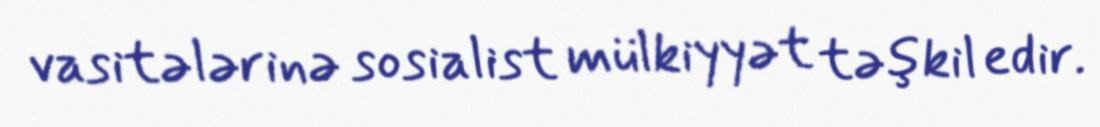
vasitələrinə sosialist mülkiyyət təşkil edir.